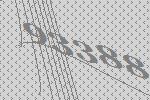
93388